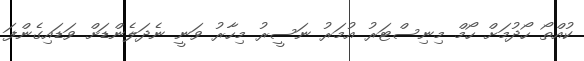
ކުއްތޯ ހޯދުމަށް ހޯމް މިނިސްޓަރު އުމަރު ނަސީރު މިހާރު ވަނީ ނެދަލެންޑަށް ވަޑައިގެންފަ